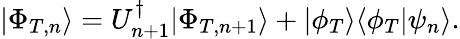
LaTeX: |\Phi_{T,n}\rangle=U_{n+1}^{\dagger}|\Phi_{T,n+1}\rangle+|\phi_{T}\rangle\langle\phi_{T}|\psi_{n}\rangle.